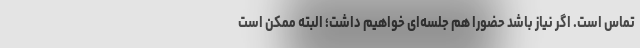
تماس است. اگر نیاز باشد حضورا هم جلسه‌ای خواهیم داشت؛ البته ممکن است